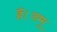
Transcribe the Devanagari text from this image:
हैं।जम्मू